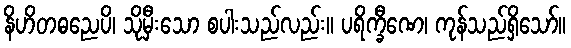
နိဟိတဓညေပိ၊ သိုမှီးသော စပါးသည်လည်း။ ပရိက္ခီဏေ၊ ကုန်သည်ရှိသော်။